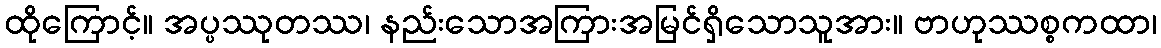
ထိုကြောင့်။ အပ္ပဿုတဿ၊ နည်းသောအကြားအမြင်ရှိသောသူအား။ ဗာဟုဿစ္စကထာ၊